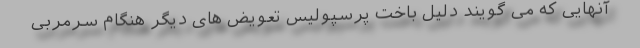
آنهایی که می گویند دلیل باخت پرسپولیس تعویض های دیگر هنگام سرمربی